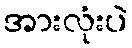
အားလုံးပဲ